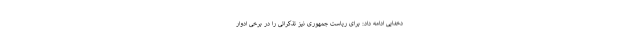
دخدایی ادامه داد: برای ریاست جمهوری نیز تذکراتی را در برخی ادوار